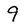
Character: 9